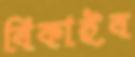
বিকাইব